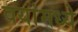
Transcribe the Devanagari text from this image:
वयांमध्ये